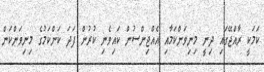
ކަމަކީ ރާއްޖޭގައި ދިނީ މިނިވަންކަމާއި އެއްޖިންސުން ކައިވެނި ކުރުން ފަދަ ކަންކަމުގެ މިނިވަންކަން